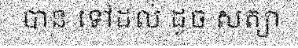
បាន ទៅដល់ ដូច សត្យា